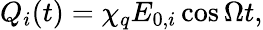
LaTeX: Q_{i}(t)=\chi_{q}E_{0,i}\cos\Omega t,